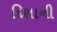
દિશાની